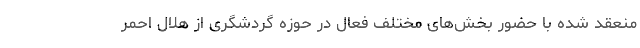
منعقد شده با حضور بخش‌های مختلف فعال در حوزه گردشگری از هلال احمر